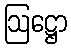
ဩဋ္ဌော